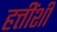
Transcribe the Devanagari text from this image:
हत्तींशी